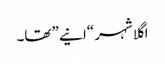
اگلا شہر “انیے” تھا۔